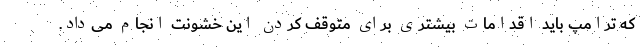
که ترامپ باید اقدامات بیشتری برای متوقف کردن این خشونت انجام می‌داد.